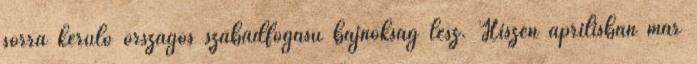
sorra kerülő országos szabadfogású bajnokság lesz. Hiszen áprilisban már